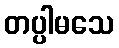
တပ္ပါမသေ